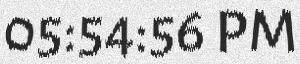
05:54:56 PM